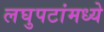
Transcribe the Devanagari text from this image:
लघुपटांमध्ये